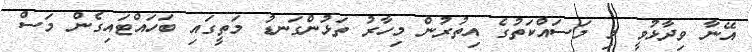
އޭނާ ވިދާޅުވީ މި މަސައްކަތުގެ އިތުރުން މިހާރު ތަޅުންގަނޑު މަތީގައި ބަހައްޓައިގެން މަސް